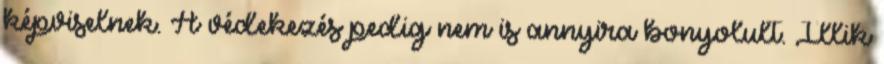
képviselnek. A védekezés pedig nem is annyira bonyolult. Illik